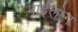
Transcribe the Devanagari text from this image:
भाईलोग